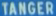
TANGER